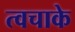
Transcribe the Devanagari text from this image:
त्वचाके